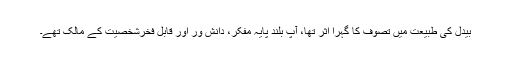
بیدل ؒکی طبیعت میں تصوف کا گہرا اثر تھا، آپ بلند پایہ مفکر، دانش ور اور قابل فخرشخصیت کے مالک تھے۔